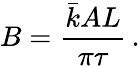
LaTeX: B=\frac{\bar{k}AL}{\pi\tau}\, .